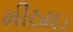
મીઠાઇ